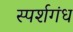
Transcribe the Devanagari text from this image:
स्पर्शगंध